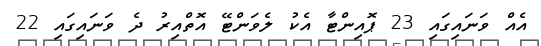
އެއް ވަނައިގައި 23 ޕޮއިންޓާ އެކު ލެވަންޓޭ އޮތްއިރު ދެ ވަނައިގައި 22